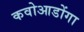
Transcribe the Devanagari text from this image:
कवोआडोंगा